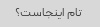
تام اینجاست؟